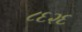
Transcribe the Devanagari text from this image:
८६२६